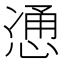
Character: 𫺩